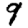
Digit: 9